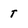
Character: T